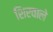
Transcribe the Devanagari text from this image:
शिरवाले